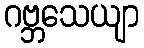
ဂဗ္ဘသေယျာ